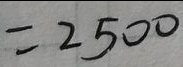
= 2 5 0 0